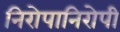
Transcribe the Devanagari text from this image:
निरोपानिरोपी